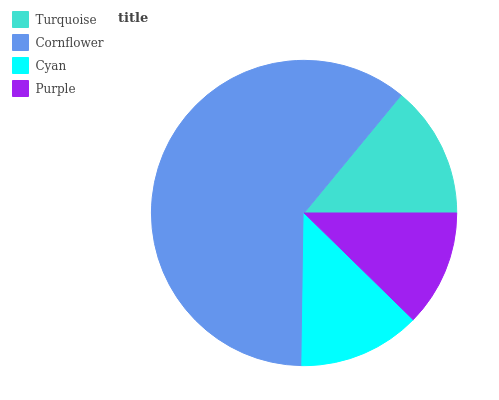
| Turquoise | Cornflower | Cyan | Purple |
 | --- | --- | --- | --- |
 | 14% | 60.8% | 12.9% | 12.3% |